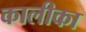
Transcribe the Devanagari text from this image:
कालीका